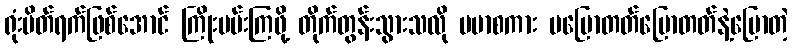
ရုံးပိတ်ရက်ဖြစ်အောင် ကြိုးပမ်းကြဖို့ တိုက်တွန်းသွားသလို ဗမာစကား မပြောတတ်ပြောတတ်နဲ့ပြောတဲ့